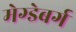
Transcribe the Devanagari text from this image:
मेग्डेबर्ग